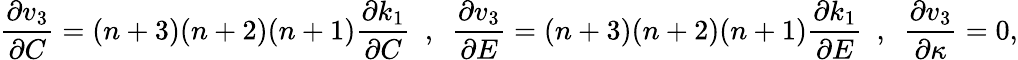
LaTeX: \frac{\partial v_{3}}{\partial C}=(n+3)(n+2)(n+1)\frac{\partial k_{1}}{\partial C}~~,~~\frac{\partial v_{3}}{\partial E}=(n+3)(n+2)(n+1)\frac{\partial k_{1}}{\partial E}~~,~~\frac{\partial v_{3}}{\partial\kappa}=0,